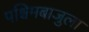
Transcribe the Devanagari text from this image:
पश्चिमबाजुला